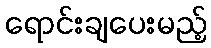
ရောင်းချပေးမည့်